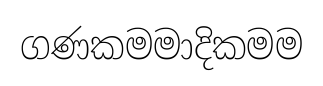
ගණකමමාදිකමම